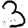
Digit: 3